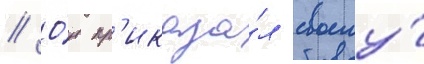
// О́н пр'иказа́л своему́